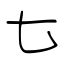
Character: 七